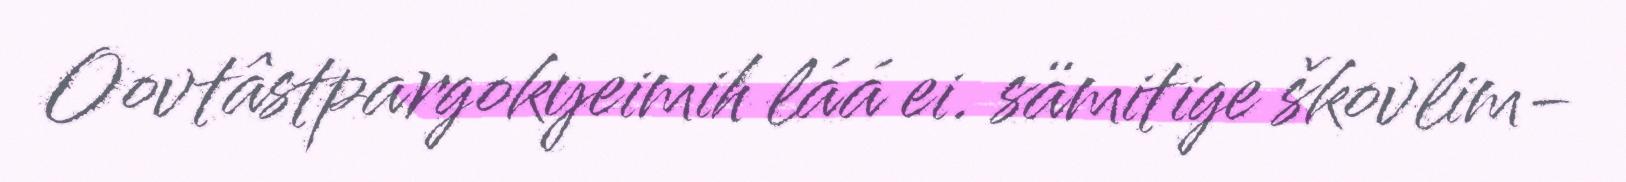
Oovtâstpargokyeimih láá ei. sämitige škovlim-